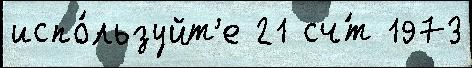
испо́льзуйт'е 21 сч́т 1973